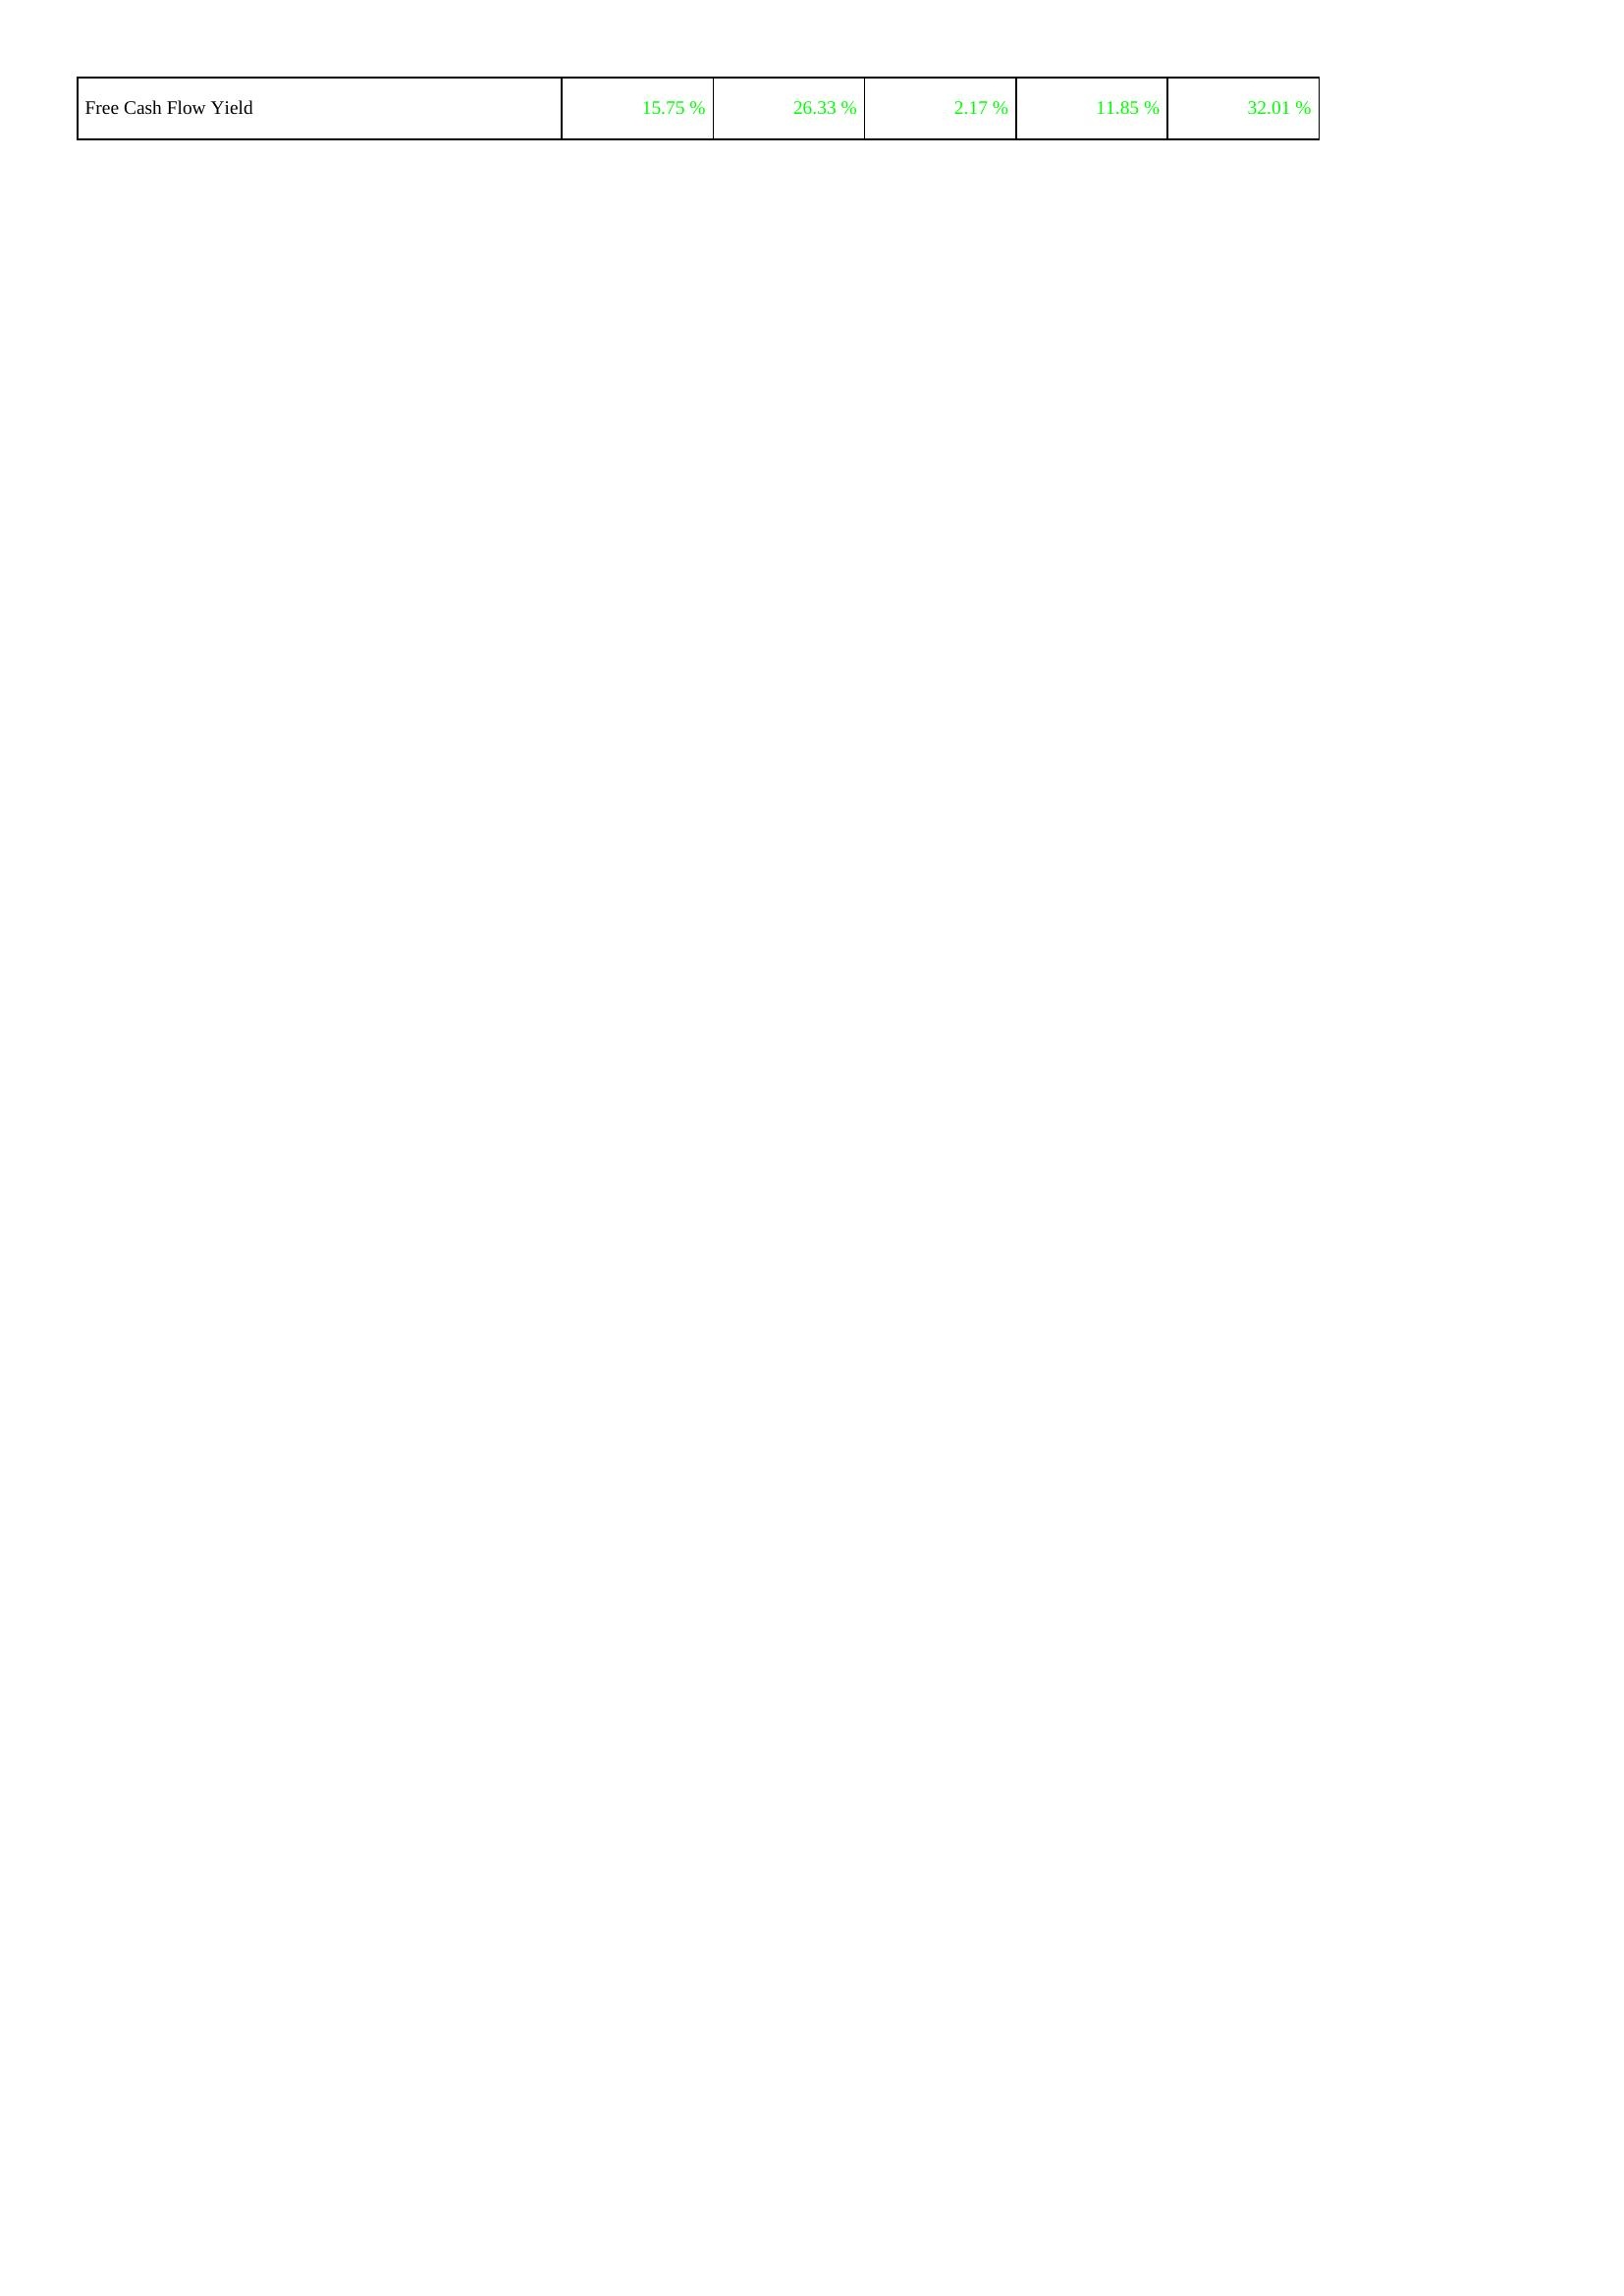
2014: Financing Activities: Free Cash Flow Yield: 15.75 %
2015: Financing Activities: Free Cash Flow Yield: 26.33 %
2016: Financing Activities: Free Cash Flow Yield: 2.17 %
2017: Financing Activities: Free Cash Flow Yield: 11.85 %
2018: Financing Activities: Free Cash Flow Yield: 32.01 %